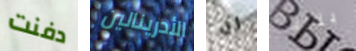
دفنت الأدرينالين ان بللت